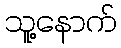
သူ့နောက်